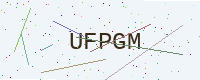
Text: UFPGM